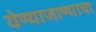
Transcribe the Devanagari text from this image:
येण्याजाण्याचा